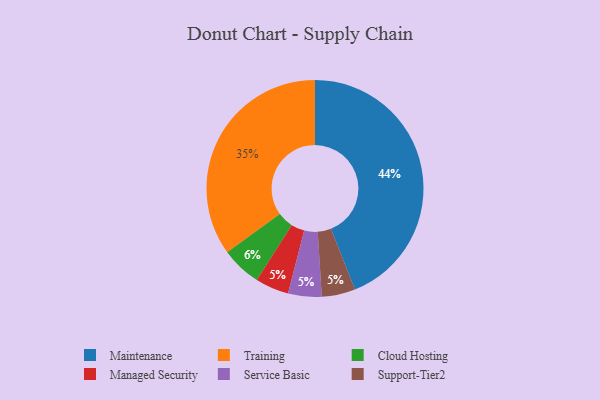
{"axis": {"x": "Category", "y": "Percentage"}, "legend": ["Cloud Hosting", "Maintenance", "Managed Security", "Service Basic", "Support-Tier2", "Training"], "data": [{"x": "Managed Security", "y": 5, "type": "Managed Security"}, {"x": "Service Basic", "y": 5, "type": "Service Basic"}, {"x": "Maintenance", "y": 44, "type": "Maintenance"}, {"x": "Training", "y": 35, "type": "Training"}, {"x": "Cloud Hosting", "y": 6, "type": "Cloud Hosting"}, {"x": "Support-Tier2", "y": 5, "type": "Support-Tier2"}]}